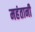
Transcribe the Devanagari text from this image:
महंतानी